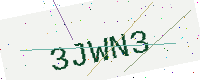
Text: 3JWN3